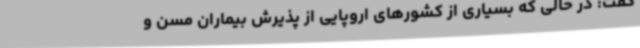
گفت: در حالی که بسیاری از کشورهای اروپایی از پذیرش بیماران مسن و